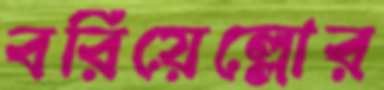
বরিয়েল্লোর